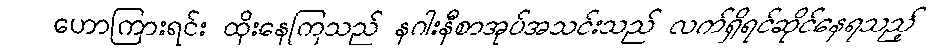
ဟောကြားရင်း ထိုးနေကြသည် နဂါးနီစာအုပ်အသင်းသည် လက်ရှိရင်ဆိုင်နေရသည့်